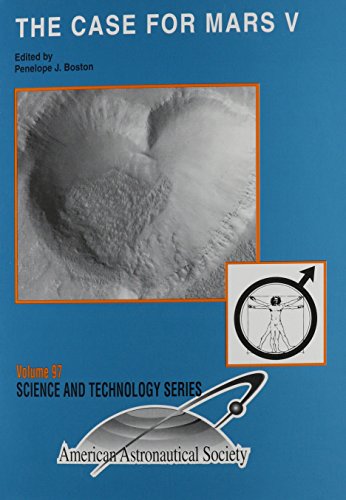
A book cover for The Case for Mars V: Proceedings of the Fifth Case for Mars Conference Held May 26-29, 1993, at the University of Colorado, Boulder, Colorado (Science and Technology Series); Colo.) Case for Mars Conference 1993 (Boulder; Science & Math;